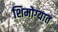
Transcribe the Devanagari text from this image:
शिमोग्यात